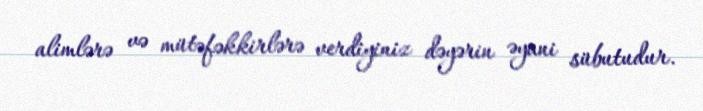
alimlərə və mütəfəkkirlərə verdiyiniz dəyərin əyani sübutudur.